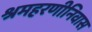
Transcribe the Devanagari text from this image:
श्रमहरणीनिवास